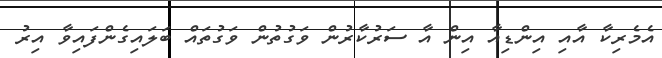
އެމެރިކާ އާއި އިންޑިއާ އިން އާ ސަރުކާރުން ވަގުތުން ވަގުތައް ބަލައިގެންފައިވާ އިރު